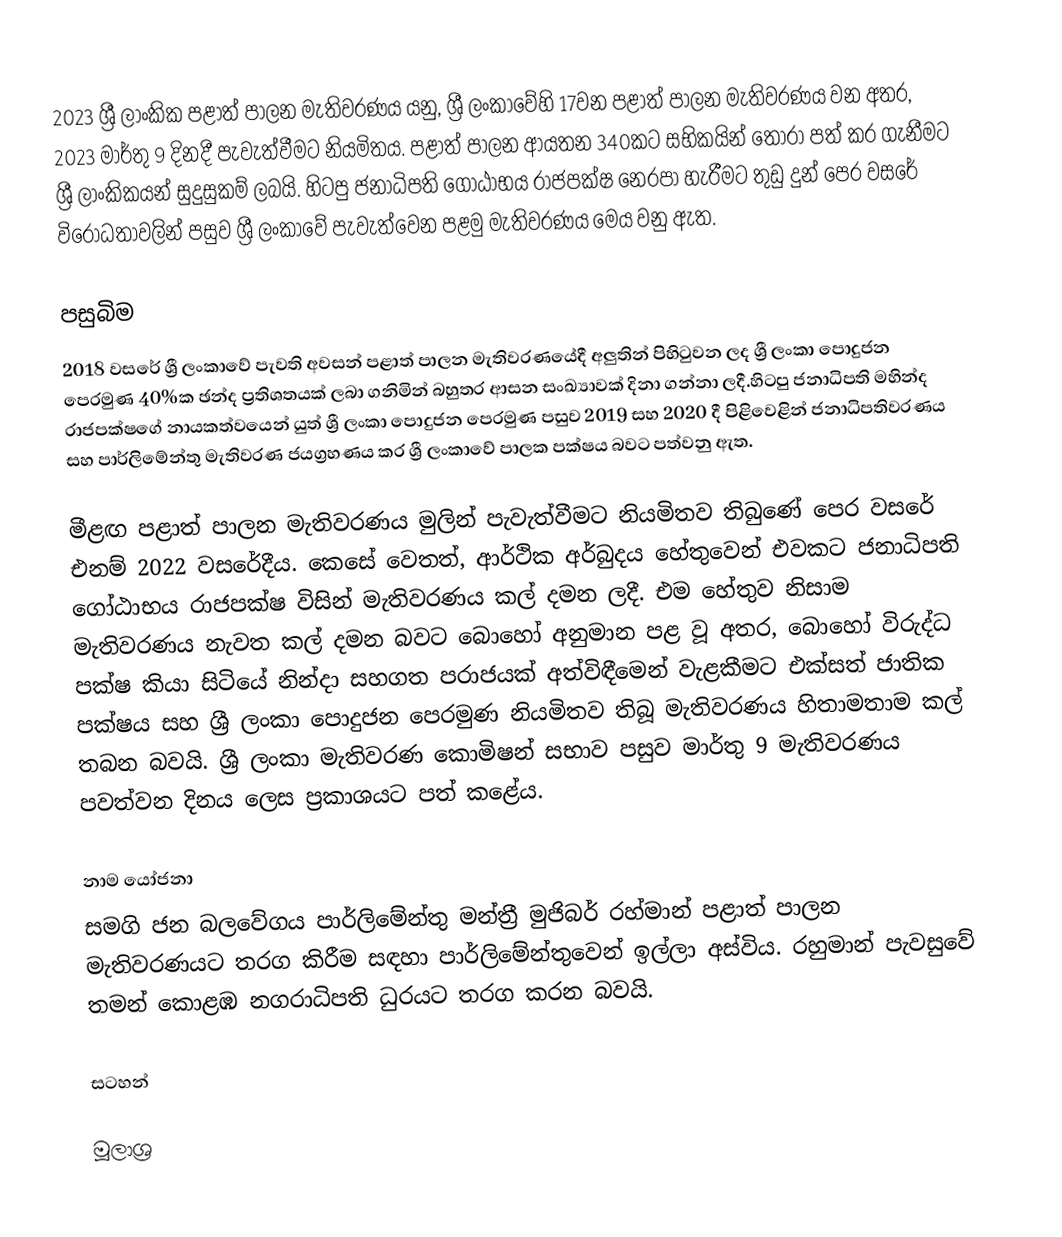
2023 ශ්‍රී ලාංකික පළාත් පාලන මැතිවරණය යනු, ශ්‍රී ලංකාවේහි 17වන පළාත් පාලන මැතිවරණය වන අතර, 2023 මාර්තු 9 දිනදී පැවැත්වීමට නියමිතය. පළාත් පාලන ආයතන 340කට සභිකයින් තෝරා පත් කර ගැනීමට ශ්‍රී ලාංකිකයන් සුදුසුකම් ලබයි. හිටපු ජනාධිපති ගෝඨාභය රාජපක්ෂ නෙරපා හැරීමට තුඩු දුන් පෙර වසරේ විරෝධතාවලින් පසුව ශ්‍රී ලංකාවේ පැවැත්වෙන පළමු මැතිවරණය මෙය වනු ඇත.

පසුබිම
2018 වසරේ ශ්‍රී ලංකාවේ පැවති අවසන් පළාත් පාලන මැතිවරණයේදී අලුතින් පිහිටුවන ලද ශ්‍රී ලංකා පොදුජන පෙරමුණ 40%ක ඡන්ද ප්‍රතිශතයක් ලබා ගනිමින් බහුතර ආසන සංඛ්‍යාවක් දිනා ගන්නා ලදී.හිටපු ජනාධිපති මහින්ද රාජපක්ෂගේ නායකත්වයෙන් යුත් ශ්‍රී ලංකා පොදුජන පෙරමුණ පසුව 2019 සහ 2020 දී පිළිවෙළින් ජනාධිපතිවරණය සහ පාර්ලිමේන්තු මැතිවරණ ජයග්‍රහණය කර ශ්‍රී ලංකාවේ පාලක පක්ෂය බවට පත්වනු ඇත.

මීළඟ පළාත් පාලන මැතිවරණය මුලින් පැවැත්වීමට නියමිතව තිබුණේ පෙර වසරේ එනම් 2022 වසරේදීය. කෙසේ වෙතත්, ආර්ථික අර්බුදය හේතුවෙන් එවකට ජනාධිපති ගෝඨාභය රාජපක්ෂ විසින් මැතිවරණය කල් දමන ලදී. එම හේතුව නිසාම මැතිවරණය නැවත කල් දමන බවට බොහෝ අනුමාන පළ වූ අතර, බොහෝ විරුද්ධ පක්ෂ කියා සිටියේ නින්දා සහගත පරාජයක් අත්විඳීමෙන් වැළකීමට එක්සත් ජාතික පක්ෂය සහ ශ්‍රී ලංකා පොදුජන පෙරමුණ නියමිතව තිබූ මැතිවරණය හිතාමතාම කල් තබන බවයි.  ශ්‍රී ලංකා මැතිවරණ කොමිෂන් සභාව පසුව මාර්තු 9 මැතිවරණය පවත්වන දිනය ලෙස ප්‍රකාශයට පත් කළේය.

නාම යෝජනා
සමගි ජන බලවේගය පාර්ලිමේන්තු මන්ත්‍රී මුජිබර් රහ්මාන් පළාත් පාලන මැතිවරණයට තරග කිරීම සඳහා පාර්ලිමේන්තුවෙන් ඉල්ලා අස්විය. රහුමාන් පැවසුවේ තමන් කොළඹ නගරාධිපති ධුරයට තරග කරන බවයි.

සටහන්

මූලාශ්‍ර